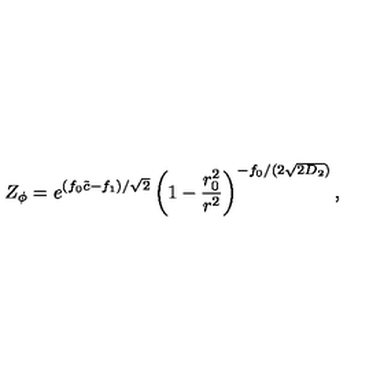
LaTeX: Z _ { \phi } = e ^ { ( f _ { 0 } \tilde { c } - f _ { 1 } ) / \sqrt { 2 } } \left( 1 - \frac { r _ { 0 } ^ { 2 } } { r ^ { 2 } } \right) ^ { - f _ { 0 } / ( 2 \sqrt { 2 D _ { 2 } } ) } ,